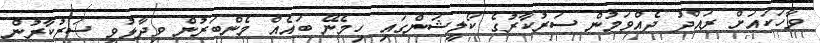
ވާހަކައަށް ރައްދު ދެއްވަމުން ސަރުކާރުގެ ކޯލީޝަންގައި ހިމެނޭ ބައެއް މެންބަރުން ވިދާޅުވީ ސަރުކާރުން